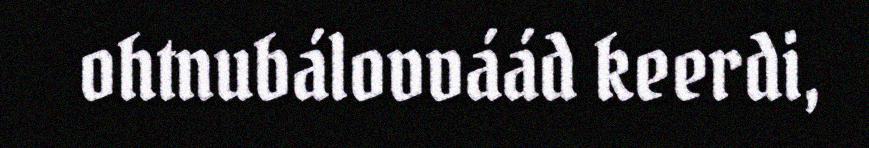
ohtnubálovváád keerdi,